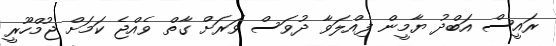
ރައީސް އަބްދު ޔާމީން ފިއްލަވާ ދުވަސް ވަރަށް ގާތް ވެއްޖެ ކަމަށް ޖުމްހޫރީ